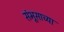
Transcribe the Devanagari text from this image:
संभूसाच्या